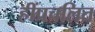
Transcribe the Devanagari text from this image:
हींप्रचलित